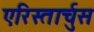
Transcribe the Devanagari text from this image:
एरिस्तार्चुस